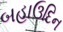
બહાઉદિન